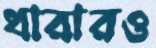
ধারারও